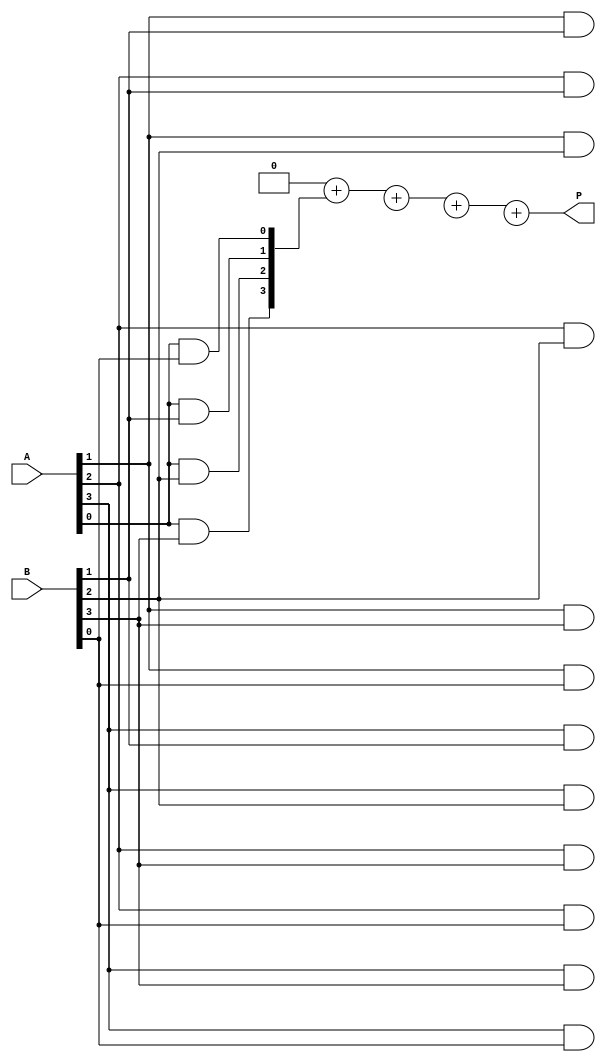
module vedic_multiplier #(parameter N = 4) (
    input [N-1:0] A, // First operand
    input [N-1:0] B, // Second operand
    output reg [2*N-1:0] P // Product output
);

    reg [2*N-1:0] partial_products [0:N-1]; // Array to hold partial products
    integer i, j;

    always @(*) begin
        // Initialize the product to zero
        P = 0;

        // Generate partial products
        for (i = 0; i < N; i = i + 1) begin
            for (j = 0; j < N; j = j + 1) begin
                // Generate partial product for A[i] * B[j]
                partial_products[i][i+j] = A[i] & B[j]; // AND operation
            end
        end

        // Sum the partial products
        for (i = 0; i < N; i = i + 1) begin
            P = P + partial_products[i]; // Accumulate the partial products
        end
    end

endmodule